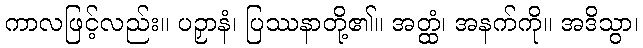
ကာလဖြင့်လည်း။ ပဉှာနံ၊ ပြဿနာတို့၏။ အတ္ထံ၊ အနက်ကို။ အဒိသွာ၊